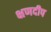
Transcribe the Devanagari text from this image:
क्षणदीप